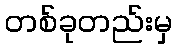
တစ်ခုတည်းမှ